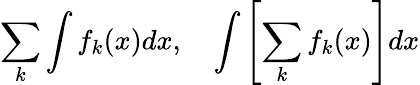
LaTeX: \sum_{k}\int f_{k}(x)dx,\quad\int\left[\sum_{k}f_{k}(x)\right]dx